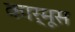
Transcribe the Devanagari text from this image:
कार्मूस